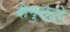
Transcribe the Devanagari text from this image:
सेगुन्दो